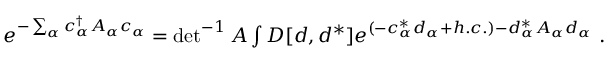
\begin{array} { r } { e ^ { - \sum _ { \alpha } c _ { \alpha } ^ { \dagger } A _ { \alpha } c _ { \alpha } } = \operatorname* { d e t } ^ { - 1 } A \int { \cal D } [ d , d ^ { * } ] e ^ { ( - c _ { \alpha } ^ { * } d _ { \alpha } + h . c . ) - d _ { \alpha } ^ { * } A _ { \alpha } d _ { \alpha } } \; . } \end{array}